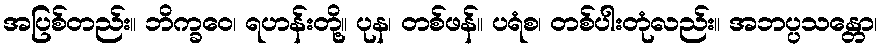
အပြစ်တည်း။ ဘိက္ခဝေ၊ ရဟန်းတို့။ ပုန၊ တစ်ဖန်။ ပရံစ၊ တစ်ပါးတုံလည်း။ အဘပ္ပသန္တော၊